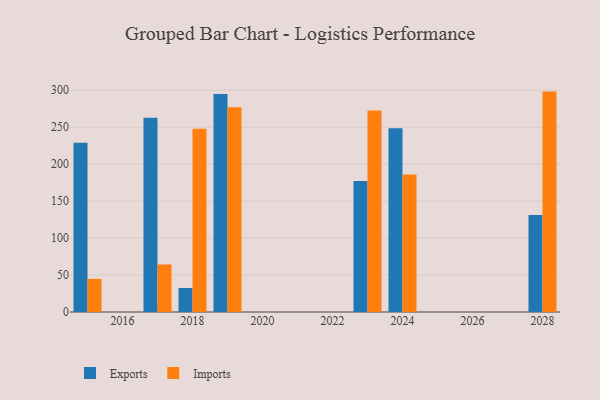
{"axis": {"x": "Year", "y": "Headcount"}, "legend": ["Exports", "Imports"], "data": [{"x": "2018", "y": 32.4, "type": "Exports"}, {"x": "2018", "y": 248.0, "type": "Imports"}, {"x": "2028", "y": 131.3, "type": "Exports"}, {"x": "2028", "y": 298.2, "type": "Imports"}, {"x": "2023", "y": 177.1, "type": "Exports"}, {"x": "2023", "y": 272.6, "type": "Imports"}, {"x": "2015", "y": 229.0, "type": "Exports"}, {"x": "2015", "y": 44.8, "type": "Imports"}, {"x": "2017", "y": 262.7, "type": "Exports"}, {"x": "2017", "y": 64.3, "type": "Imports"}, {"x": "2019", "y": 294.8, "type": "Exports"}, {"x": "2019", "y": 277.0, "type": "Imports"}, {"x": "2024", "y": 248.5, "type": "Exports"}, {"x": "2024", "y": 186.0, "type": "Imports"}]}